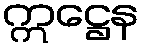
ဣဋ္ဌေန